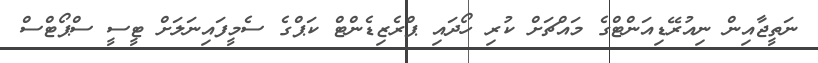
ނަތީޖާއިން ނިއުރޭޑިއަންޓްގެ މައްޗަށް ކުރި ހޯދައި ޕްރެޒިޑެންޓް ކަޕްގެ ސެމީފައިނަލަށް ޓީސީ ސްޕޯޓްސް